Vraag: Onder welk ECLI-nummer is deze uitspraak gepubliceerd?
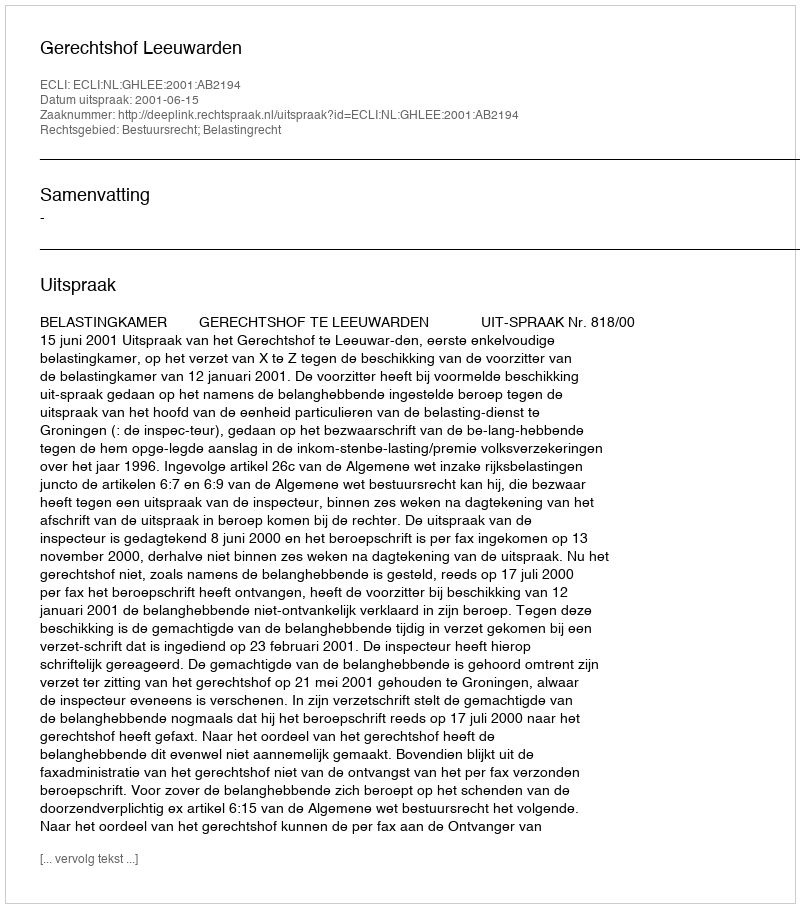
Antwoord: ECLI:NL:GHLEE:2001:AB2194